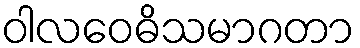
ဝါလဝေဓိသမာဂတာ